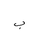
Letter: _ba